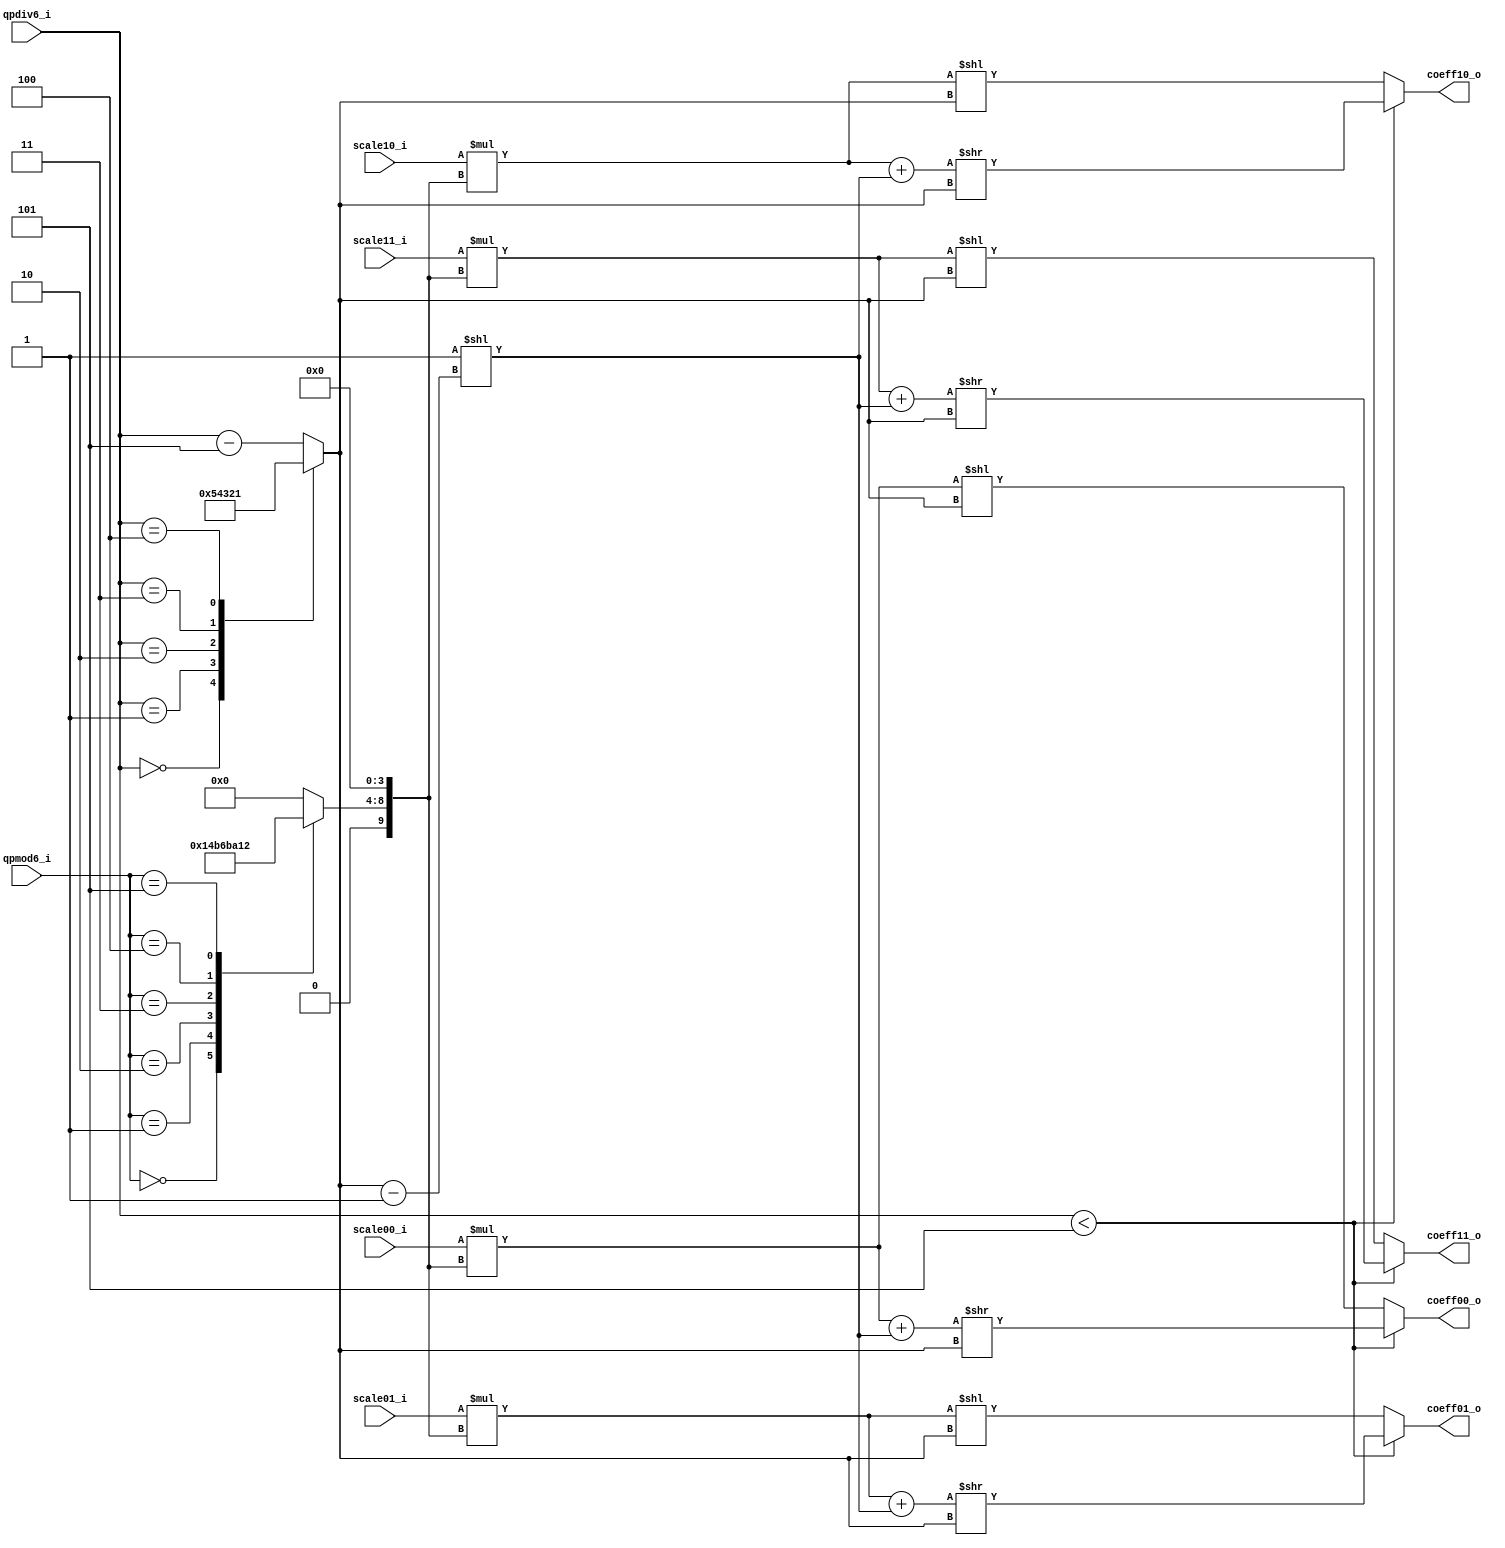
module tq_dequant2x2_dc(
				qpmod6_i,
				qpdiv6_i,
				
				scale00_i,
				scale01_i,
				scale10_i,
				scale11_i,
				
				coeff00_o,
				coeff01_o,
				coeff10_o,
				coeff11_o
);

parameter IN_WIDTH  = 15;
parameter OUT_WIDTH = 15;

input          [2:0] qpmod6_i; 
input          [3:0] qpdiv6_i;

input  signed [IN_WIDTH-1:0] scale00_i;
input  signed [IN_WIDTH-1:0] scale01_i;
input  signed [IN_WIDTH-1:0] scale10_i;
input  signed [IN_WIDTH-1:0] scale11_i;

output signed [OUT_WIDTH-1:0] coeff00_o;
output signed [OUT_WIDTH-1:0] coeff01_o;
output signed [OUT_WIDTH-1:0] coeff10_o;
output signed [OUT_WIDTH-1:0] coeff11_o;

wire signed [25-1:0] coeff00_o_w;
wire signed [25-1:0] coeff01_o_w;
wire signed [25-1:0] coeff10_o_w;
wire signed [25-1:0] coeff11_o_w;
  
wire [IN_WIDTH+9:0] bias_w; 
reg  [3:0]  shift_len_w;

reg signed [5:0] de_mf00_w;

wire signed [IN_WIDTH+9:0] product_tmp00_w;
wire signed [IN_WIDTH+9:0] product_tmp01_w;
wire signed [IN_WIDTH+9:0] product_tmp10_w;
wire signed [IN_WIDTH+9:0] product_tmp11_w;

assign product_tmp00_w = scale00_i * ({de_mf00_w,4'b0});
assign product_tmp01_w = scale01_i * ({de_mf00_w,4'b0});
assign product_tmp10_w = scale10_i * ({de_mf00_w,4'b0});
assign product_tmp11_w = scale11_i * ({de_mf00_w,4'b0});

assign coeff00_o_w = (qpdiv6_i < 5)? ((product_tmp00_w + bias_w) >> shift_len_w) : (product_tmp00_w << shift_len_w);
assign coeff01_o_w = (qpdiv6_i < 5)? ((product_tmp01_w + bias_w) >> shift_len_w) : (product_tmp01_w << shift_len_w);
assign coeff10_o_w = (qpdiv6_i < 5)? ((product_tmp10_w + bias_w) >> shift_len_w) : (product_tmp10_w << shift_len_w);
assign coeff11_o_w = (qpdiv6_i < 5)? ((product_tmp11_w + bias_w) >> shift_len_w) : (product_tmp11_w << shift_len_w);

assign coeff00_o =  coeff00_o_w[14 : 0];
assign coeff01_o =  coeff01_o_w[14 : 0];
assign coeff10_o =  coeff10_o_w[14 : 0];
assign coeff11_o =  coeff11_o_w[14 : 0];

assign bias_w = 25'd1 << (shift_len_w - 1'b1);

always @(*)
	case (qpdiv6_i)
		4'b0000:shift_len_w = 3'd5;
		4'b0001:shift_len_w = 3'd4;
		4'b0010:shift_len_w = 3'd3;
		4'b0011:shift_len_w = 3'd2;
		4'b0100:shift_len_w = 3'd1;
		default:shift_len_w = qpdiv6_i - 3'd5;
	endcase

always @(*)
	case (qpmod6_i)
		3'b000:de_mf00_w = 5'd10;
		3'b001:de_mf00_w = 5'd11;
		3'b010:de_mf00_w = 5'd13;
		3'b011:de_mf00_w = 5'd14;
		3'b100:de_mf00_w = 5'd16;
		3'b101:de_mf00_w = 5'd18;
		default: de_mf00_w = 5'd0;
	endcase


endmodule